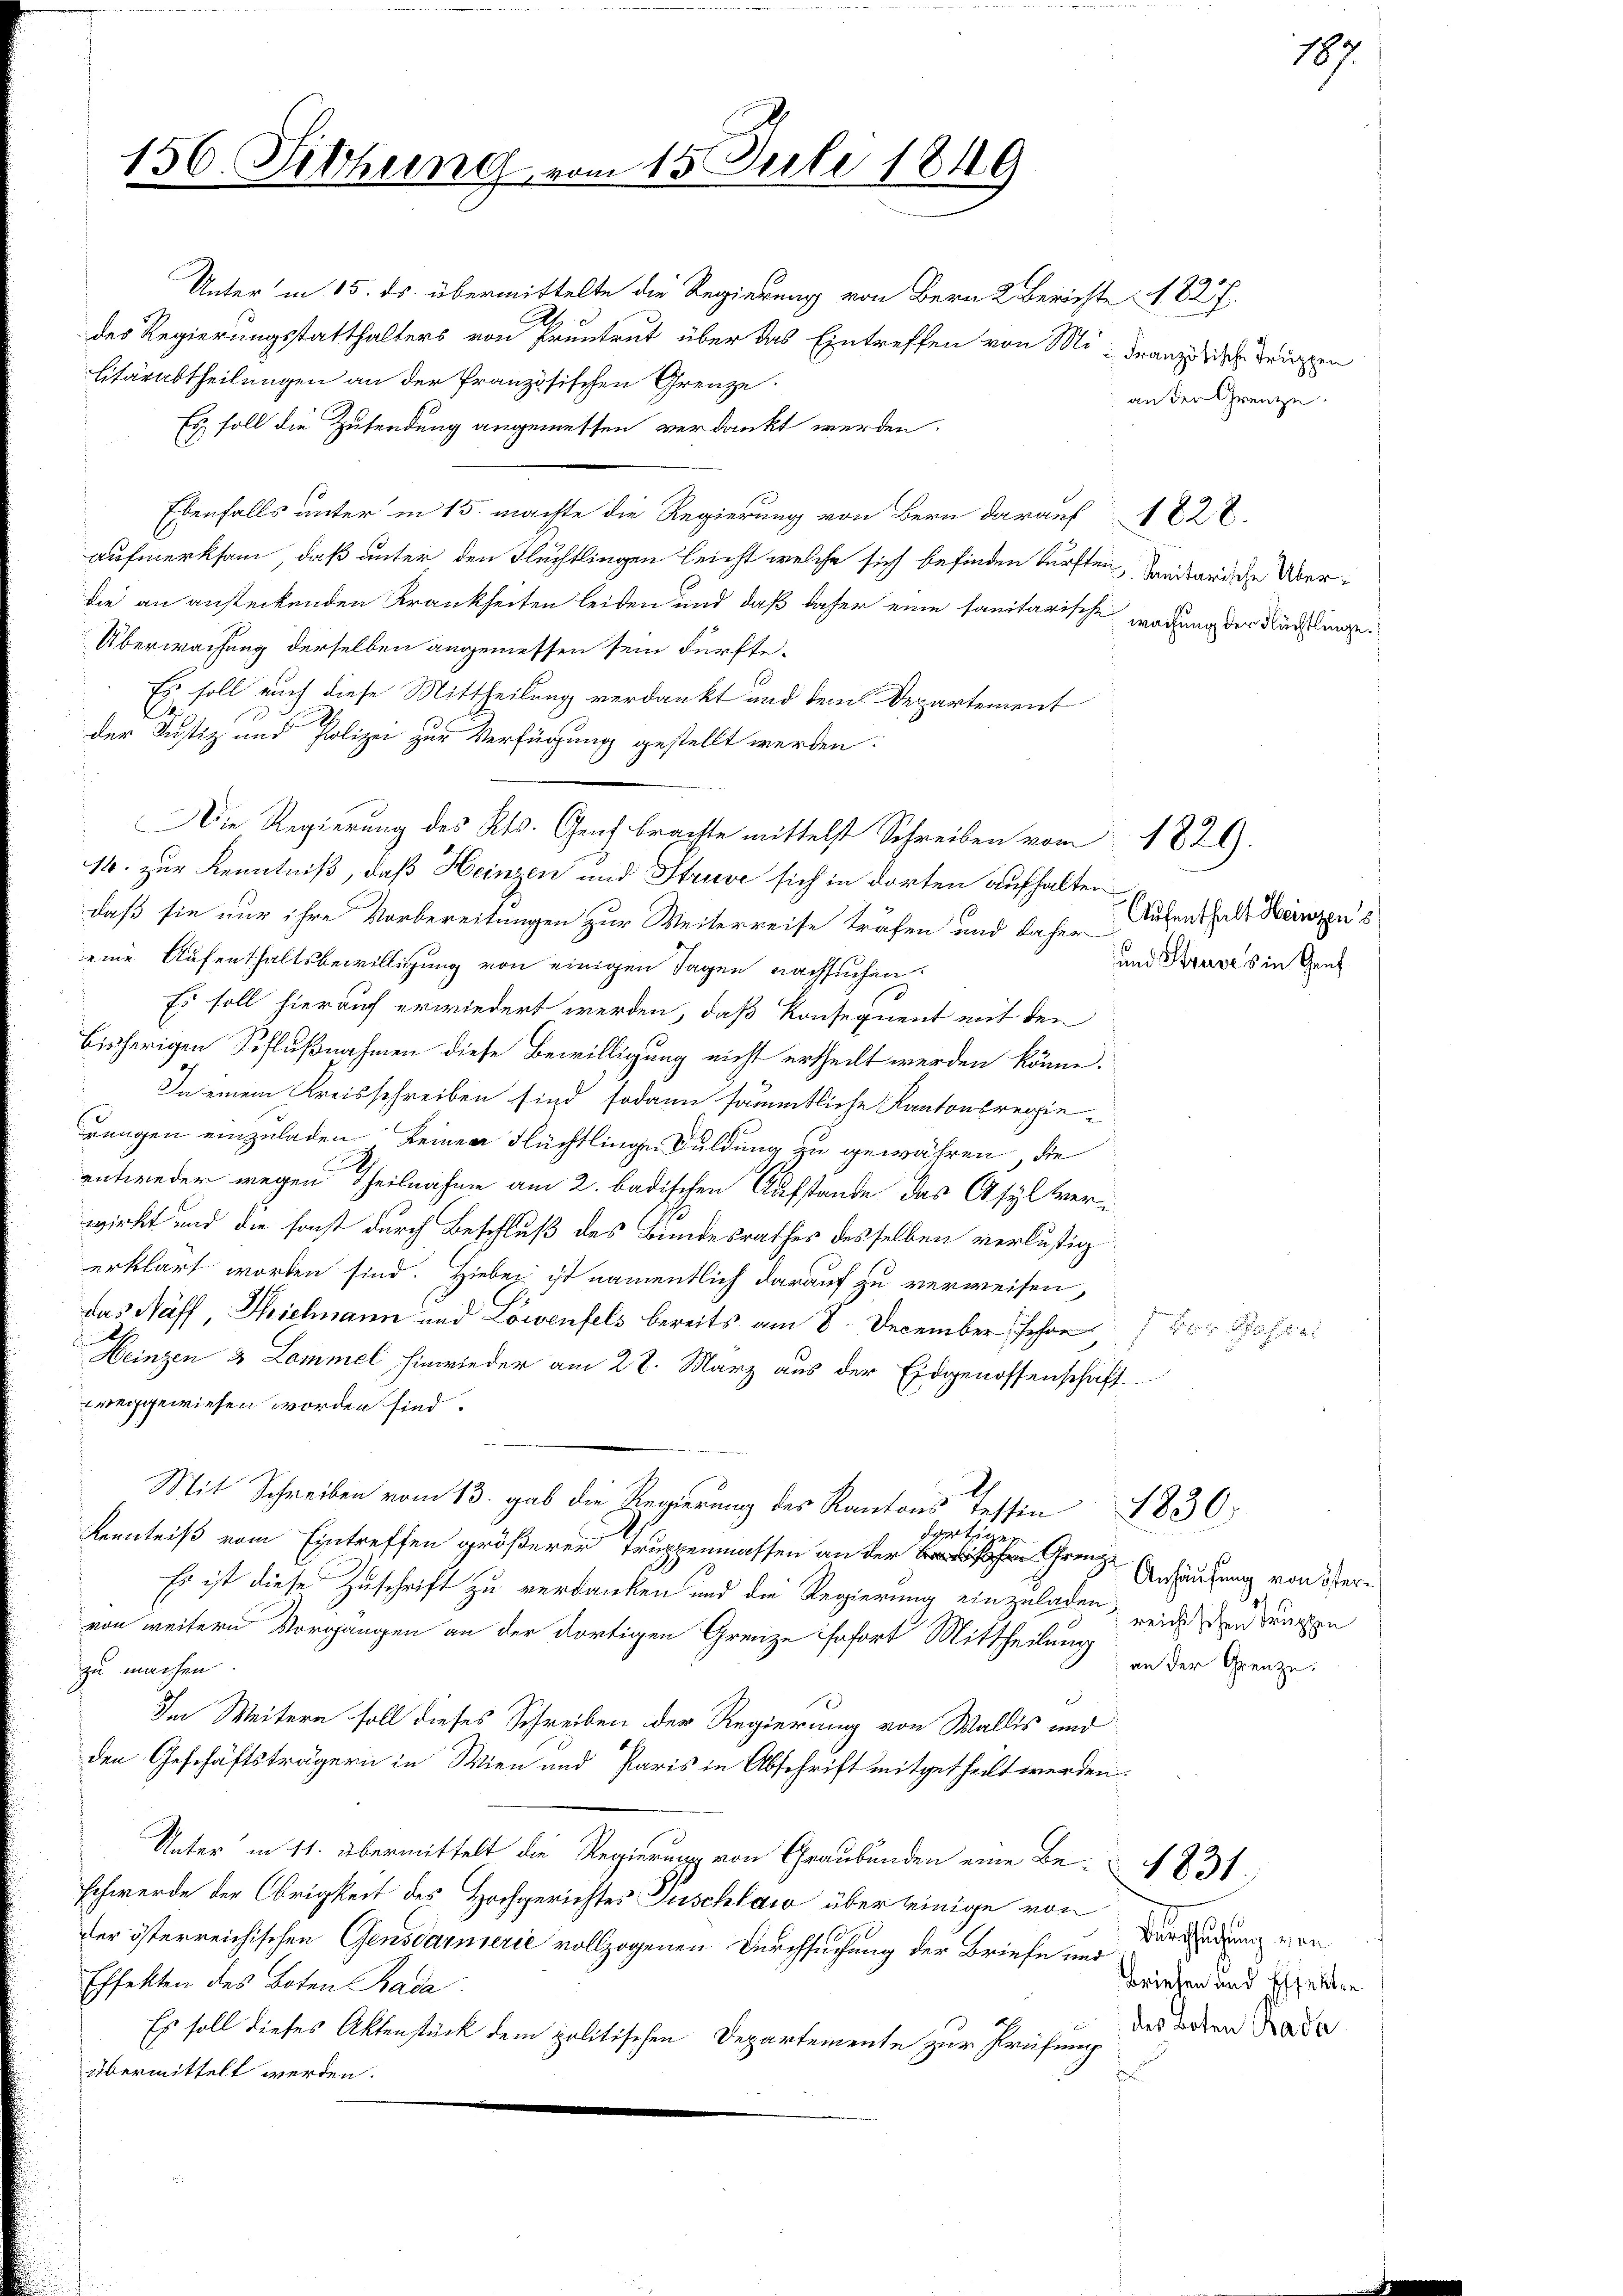
156. Sitzung vom 15. Juli 1849

Unter in 15. ds. übermittelte die Regierung von Bern 2 Berichte 1827.
des Regierungsstatthalters von Pruntrut über das Eintreffen von Mi- Franz sich dringen
litärabtheilungen an der französischen Grenze
an der Grenze.
Es soll die Zusendung angemessen verdankt werden.
Ebenfalls unter in 15. machte die Regierung von Bern darauf 1827.
aufmerksam, daß unter den Flüchtlingen leicht welche sich befinden dürften, handerriche Überdie an ansteckenden Krankheiten leiden und daß daher eine sanitarische wodung der Kürstlinge¬
Überwachung derselben angemessen sein dürfte.
Es soll auch diese Mittheilung verdankt und dem Departement
der Justiz und Polizei zur Verfügung gestellt werden:
16. zur Kenntniß, daß Heinzen und Struve sich in dorten aufhalten
daß sie nur ihre Vorbereitungen zur Weiterreise träfen und daher
eine Aufenthaltsbewilligung von einigen Tagen nachsuchen.
Es soll hierauf erwiedert werden, daß Konsequent mit den
bisherigen Schlußnahmen diese Bewilligung nicht ertheilt werden könne.
In einem Kreisschreiben sind sodann sämmtliche Kantonsregierungen einzuladen keinen Flüchtlinge Duldung zu gewähren, die
entweder wegen Theilnahme am 2. badischen Aufstande das Asylteri
wirkt und die sonst durch Beschluß des Bundesrathes desselben verlustig
erklärt worden sind. Hiebei ist namentlich darauf zu verweisen,
das Näff, Thielmann und Löwenfels bereits am 8. December schon vor Gaste
Heinzen 3 Lammel hinwieder am 22. März aus der Eidgenossenschaft
weggewiesen worden sind.
.
Mit Schreiben vom 13. gab die Regierung des Kantons Tessin
1830.
lpertur
Kenntniß vom Eintreffen größerer Truppenmassen an der hohen Grenz Ansaufung von Ver¬
Es ist diese Zuschrift zu verdanken und die Regierung einzuladen, weide den Truppe
von weitern Vorgängen an der dortigen Grenze sofort Mittheilung
an der Grenze.
zu machen.
Im Weitern soll dieses Schreiben der Regierung von Wallis und
den Geschäftsträgern in Wien und Paris in Abschrift mitgetheilt werden.
Unter in 11. übermittelt die Regierung von Graubünden eine Be- 831.
schwerde der Obrigkeit des Hochgerichtes Zuschlaw über seinige von
Barchsuchung von
der österreichischen Gensdarnierie vollzogenen Durchsuchung der Briefe und
Effekten des Boten Bada
Briefen und Effekten
des boten Bada
Es soll dieses Aktenstück dem politischen Departemente zur Prüfung
übermittelt werden.

Die Regierung des Kts. Genf brachte mittelst Schreiben vom 1829.

Aufenthalt Heinzen s
und Struves in Genf

187